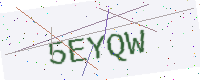
Text: 5EYQW